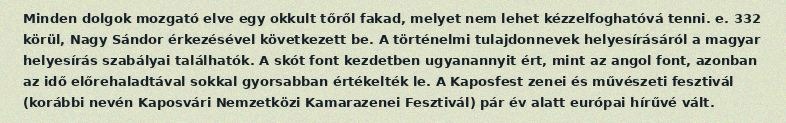
Minden dolgok mozgató elve egy okkult tőről fakad, melyet nem lehet kézzelfoghatóvá tenni. e. 332 körül, Nagy Sándor érkezésével következett be. A történelmi tulajdonnevek helyesírásáról a magyar helyesírás szabályai találhatók. A skót font kezdetben ugyanannyit ért, mint az angol font, azonban az idő előrehaladtával sokkal gyorsabban értékelték le. A Kaposfest zenei és művészeti fesztivál (korábbi nevén Kaposvári Nemzetközi Kamarazenei Fesztivál) pár év alatt európai hírűvé vált.